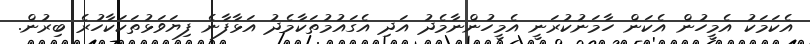
އެކަމަކު އެމީހުން އެކަން ހާމަނުކުރަނީ އެމީހުންނާމެދު އަދި އެގައުމުތަކާމެދު އަޅާފާނެ ފިޔަވަޅުތަކަކާހުރެ ބިރުން.